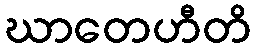
ဃာတေဟီတိ